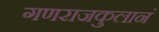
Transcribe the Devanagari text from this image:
गणराजकुलानं